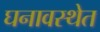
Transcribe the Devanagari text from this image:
घनावस्थेत